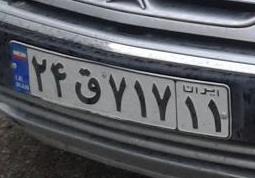
۲۴ق۷۱۷۱۱